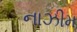
નાઝીમ